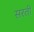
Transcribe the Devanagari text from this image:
सरती